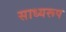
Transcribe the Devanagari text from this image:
साध्यरूप